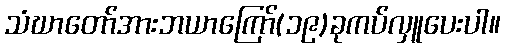
သံဃာတော်အားဘယာကြော်(၁၉)ခုကပ်လှူပေးပါ။